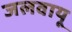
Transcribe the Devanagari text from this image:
जलवायू